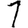
Digit: 1